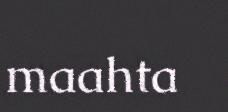
maahta